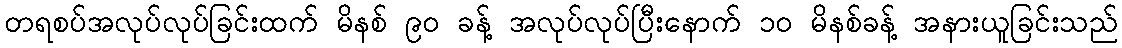
တရစပ်အလုပ်လုပ်ခြင်းထက် မိနစ် ၉၀ ခန့် အလုပ်လုပ်ပြီးနောက် ၁၀ မိနစ်ခန့် အနားယူခြင်းသည်